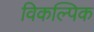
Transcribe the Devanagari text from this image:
विकल्पिक